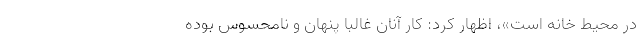
در محیط خانه است»، اظهار کرد: کار آنان غالبا پنهان و نامحسوس بوده